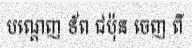
បណ្តេញ ទ័ព ជប៉ុន ចេញ ពី